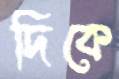
দিকে